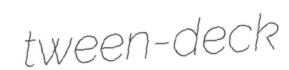
tween-deck